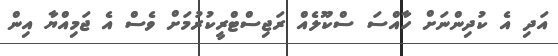
އަދި އެ ކުދިންނަށް ހާއްސަ ސްކޫލެއް ރަޖިސްޓްރީކުރުމަށް ވެސް އެ ޖަމިއްޔާ އިން